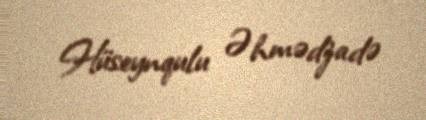
Hüseynqulu Əhmədzadə